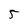
Character: 5